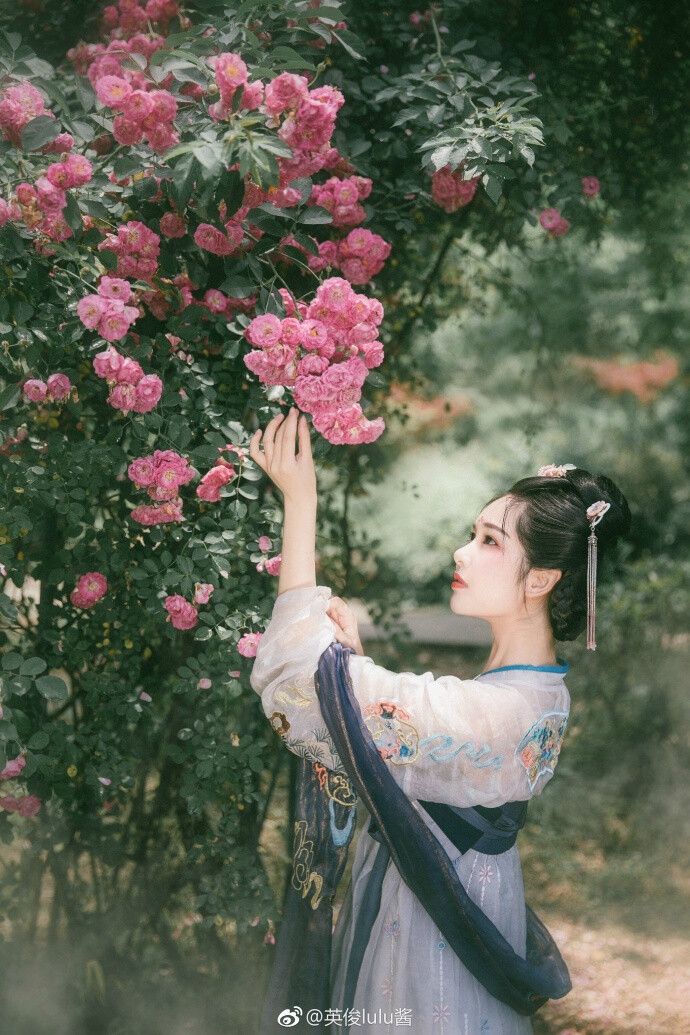
风含翠篠娟娟净，雨裛红蕖冉冉香。